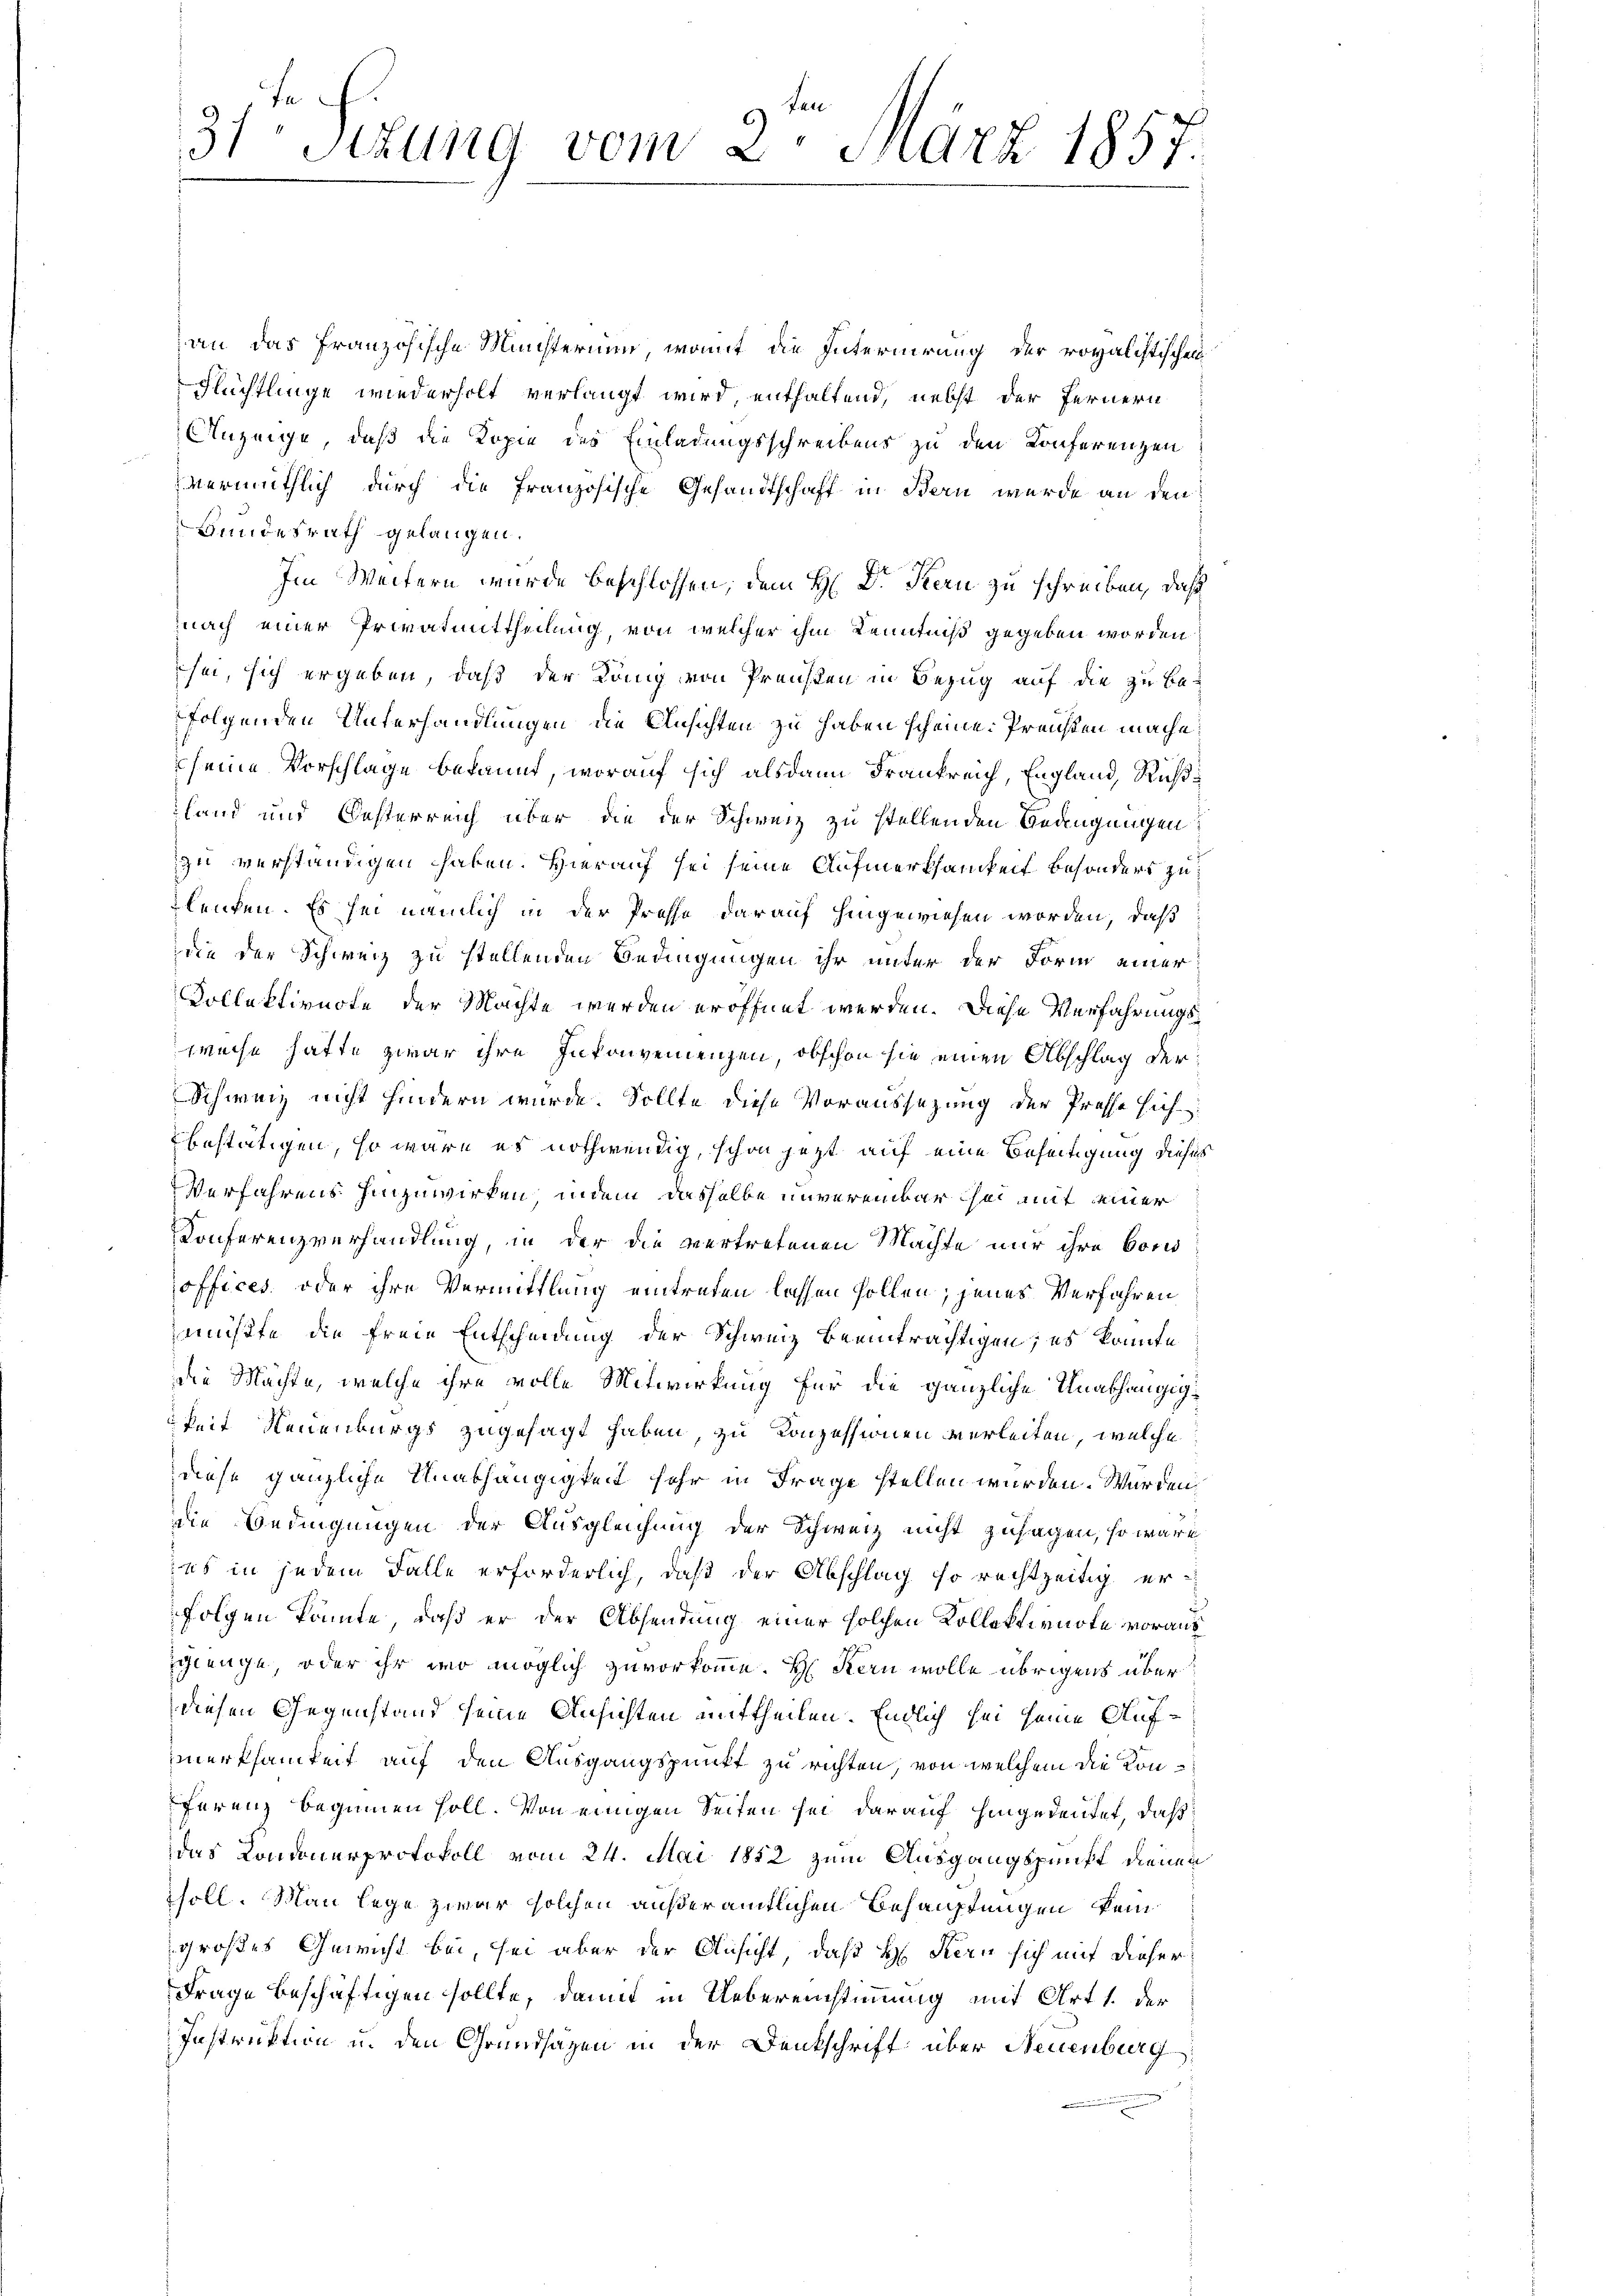
.
31 Sitzung vom 2. März 1857.

an das französische Ministerium, womit die Internirung der royalistischen
Flüchtlinge wiederholt verlangt wird, enthaltend, nebst der Fernern
Anzeige, daß die Kopie des Einladungsschreibens zu den Konferenzen
vermuthlich durch die französische Gesandtschaft in Bern wurde an den
Bundesrath gelangen.
Im Weitern wurde beschlossen; dem H: Dr. Kern zu schreiben, daß
nach einer Privatmittheilung, von welcher ihm Kenntniß gegeben worden
sei, sich ergeben, daß der König von Preisten in Bezug auf die zu be-
folgenden Unterhandlungen die Ansichten zu haben scheine. Preißen mache
seine Vorschlage bekannt, worauf sich alsdann Frankreich, England, Rußland und Oesterreich über die der Schweiz zu stellenden Bedingungen
zu verständigen haben. Hierauf sei seine Aufmerksamkeit besondert zu
leuten. Es sei nämlich in der Presse darauf hingewiesen worden, daß
die der Schweiz zu stellenden Bedingungen ihr unter der Form einer
Vollektivuote der Machte werden eröffnet werden. Diese Verfahrungsweise hatte zwar ihre Inkonvenienzen, obschon sie einen Abschlag der¬
Schweiz nicht hindern wurde. Sollte diese Voraussetzung der Prosse sich
bestätigen, so wäre es nothwendig, schon jetzt auf eine Beseitigung dieses
Verfahrens hinzuwirken, indem dasselbe unvereinbar hat mit einer
Konferenzverhandlung, in der die vertretenen Machte nur ihre bord
offices oder ihre Vermittlung eintreten lassen sollen; jenes Verfahren
müßte die freie Entscheidung der Schweiz beeinträchtigen; es konnte
die Mächte, welche ihre volle Mitwirkung für die gänzliche Unabhängigkeit Neuenburgs zugesagt haben, zu Konzessionen verleiten, welche
diese gänzliche Unabhängigkeit sehr in Frage stellen würden. Würden
die Bedingungen der Ausgleichung der Schweiz nicht zusagen, so wäre
ns in jedem Falle erforderlich, daß der Abschlag so rechtzeitig erfolgen könnte, daß er der Absendung einer solchen Kollektivnote vorauf
schienge oder ihr wo möglich zuvorkomme. H. Stern wolle übrigens über
diesen Gegenstand seine Ansichten mittheilen. Endlich sei seine Aufmerksamkeit auf den Ausgangspunkt zu richten, von welchem die Konferenz beginnen soll. Von einigen Seiten sei darauf hingedeutet, daß
das Londonerprotokoll vom 24. Mai 1852 zum Ausgangspunkt dienen
soll. Man lege zwar solchen außer amtlichen Behauptungen kein
großes Gewicht bei, sei aber der Ansicht, daß H. Kern sich mit dieser
Frage beschäftigen sollte, damit in Uebereinstimmung mit Art 1. der
Instruktion in den Grundsazen in der Denkschrift über Neuenburg